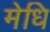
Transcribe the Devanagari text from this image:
मेधि